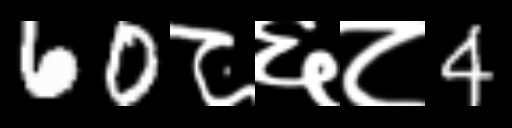
Text: 60८६८4